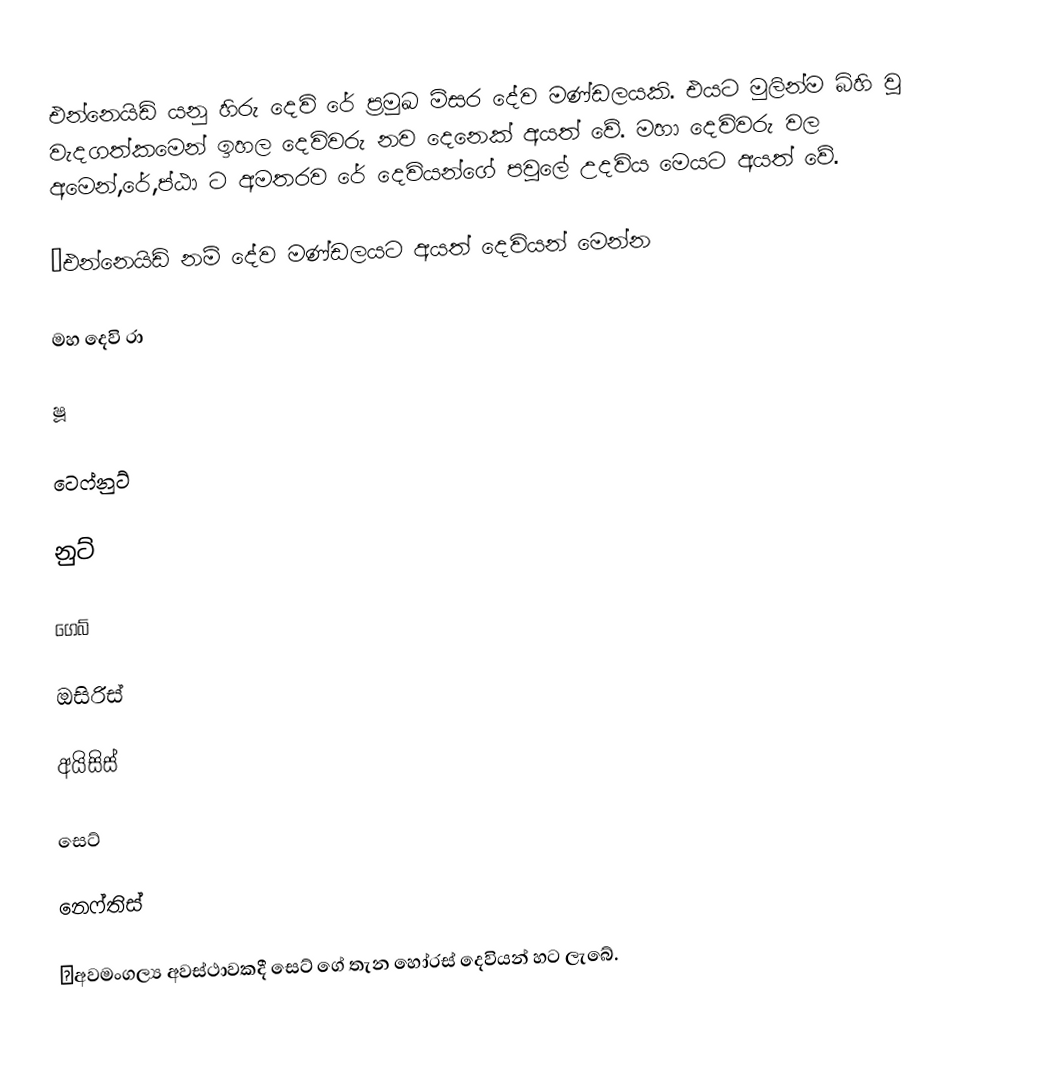
එන්නෙයිඩ් යනු හිරු දෙවි රේ ප්‍රමුඛ මිසර දේව මණ්ඩලයකි. එයට මුලින්ම බිහි වූ වැදගත්කමෙන් ඉහල දෙවිවරු නව දෙනෙක් අයත් වේ. මහා දෙවිවරු වල අමෙන්,රේ,ප්ඨා ට අමතරව රේ දෙවියන්ගේ පවුලේ උදවිය මෙයට අයත් වේ.

●එන්නෙයිඩ් නම් දේව මණ්ඩලයට අයත් දෙවියන් මෙන්න

මහ දෙවි රා

ෂූ

ටෙෆ්නුට්

නුට්

ගෙබ්

ඔසිරිස්

අයිසිස්

සෙට්

නෙෆ්තිස්

●අවමංගල්‍ය අවස්ථාවකදී සෙට් ගේ තැන හෝරස් දෙවියන් හට ලැබේ.